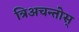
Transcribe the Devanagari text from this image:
त्रिअचन्तोस्